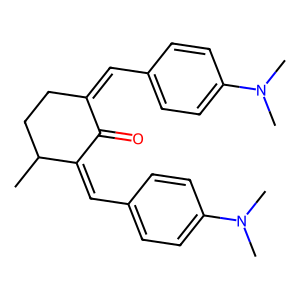
SMILES: CC1CCC(=Cc2ccc(N(C)C)cc2)C(=O)C1=Cc1ccc(N(C)C)cc1
Inhibits HIV replication: No